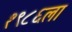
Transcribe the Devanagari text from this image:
१९८६ला